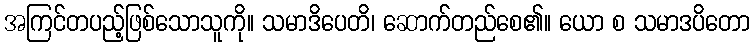
အကြင်တပည့်ဖြစ်သောသူကို။ သမာဒိပေတိ၊ ဆောက်တည်စေ၏။ ယော စ သမာဒပိတော